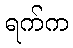
ရက်က